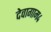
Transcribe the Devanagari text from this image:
देवागाम४